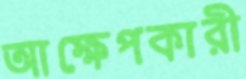
আক্ষেপকারী